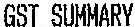
GST SUMMARY